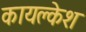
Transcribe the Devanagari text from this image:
कायक्लेश